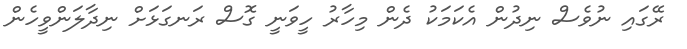
ރޭގައި ނުވެސް ނިދުން އެކަމަކު ދެން މިހާރު ހީވަނީ ގޮސް ރަނގަޅަށް ނިދާލަންވީހެން